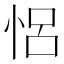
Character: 𢙲